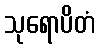
သုရောပိတံ